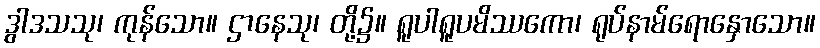
ဒွါဒသသု၊ ကုန်သော။ ဌာနေသု၊ တို့၌။ ရူပါရူပမိဿကော၊ ရုပ်နာမ်ရောနှောသော။